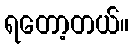
ရတော့တယ်။